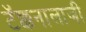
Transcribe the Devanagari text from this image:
टॅक्कनालाजी